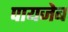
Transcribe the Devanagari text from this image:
पायजेब